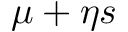
\mu + \eta s